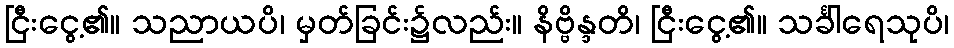
ငြီးငွေ့၏။ သညာယပိ၊ မှတ်ခြင်း၌လည်း။ နိဗ္ဗိန္ဒတိ၊ ငြီးငွေ့၏။ သင်္ခါရေသုပိ၊